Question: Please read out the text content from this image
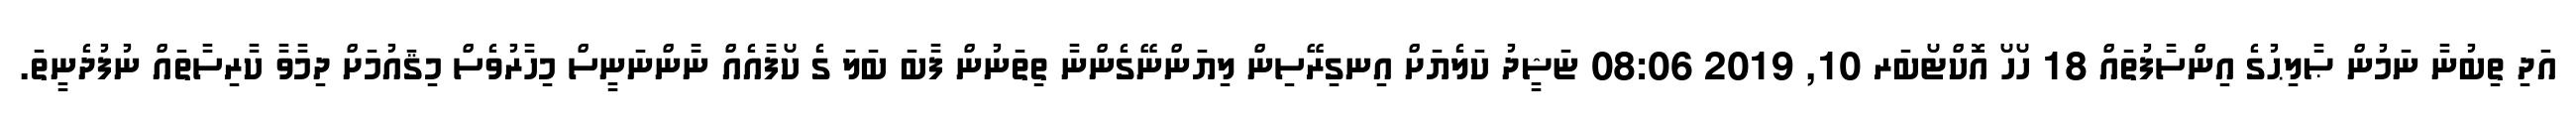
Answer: އަދި ތިބުނާ ނަމުން ޞާލިޙުގެ އިންސާފުތައް 18 ހޯހޯ އޮކްޓޯބަރ 10, 2019 08:06 ޏަޝީދު ކަލެޔަށް އިނގިރޭސިން ލިޔަންނޭގެންނާ ތިތަނުން ފާބަ ބަލަ ގެ ކޯފާއެއް ނާންނަނީސް މިހާރުވެސް މިޤައުމަށް ދިމާވާ ކާރިސާތައް ނުފުދެނީތަ.